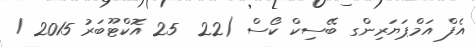
އެފް އަމްޕަޔަރިންގ ބޭސިކް ކޯސް (22  25 އޮކްްޓޫބަރު 2015 /